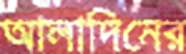
আলাদিনের